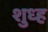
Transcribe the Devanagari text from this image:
शुध्ह